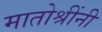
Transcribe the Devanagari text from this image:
मातोश्रींनी